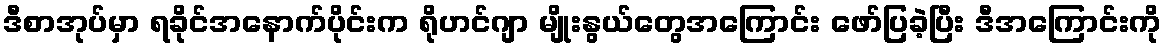
ဒီစာအုပ်မှာ ရခိုင်အနောက်ပိုင်းက ရိုဟင်ဂျာ မျိုးနွယ်တွေအကြောင်း ဖော်ပြခဲ့ပြီး ဒီအကြောင်းကို